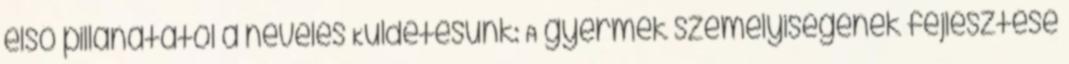
első pillanatától a nevelés Küldetésünk: A gyermek személyiségének fejlesztése